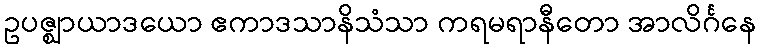
ဥပဇ္ဈာယာဒယော ဧကာဒသာနိသံသာ ကရမရာနီတော အာလိင်္ဂနေ